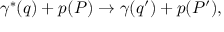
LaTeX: \gamma ^ { * } ( q ) + p ( P ) \rightarrow \gamma ( q ^ { \prime } ) + p ( P ^ { \prime } ) ,